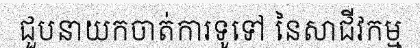
ជួបនាយកចាត់ការទូទៅ នៃសាជីវកម្ម